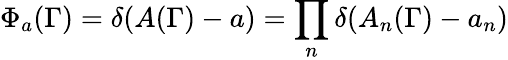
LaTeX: \Phi_{a}(\Gamma)=\delta(A(\Gamma)-a)=\prod_{n}\delta(A_{n}(\Gamma)-a_{n})